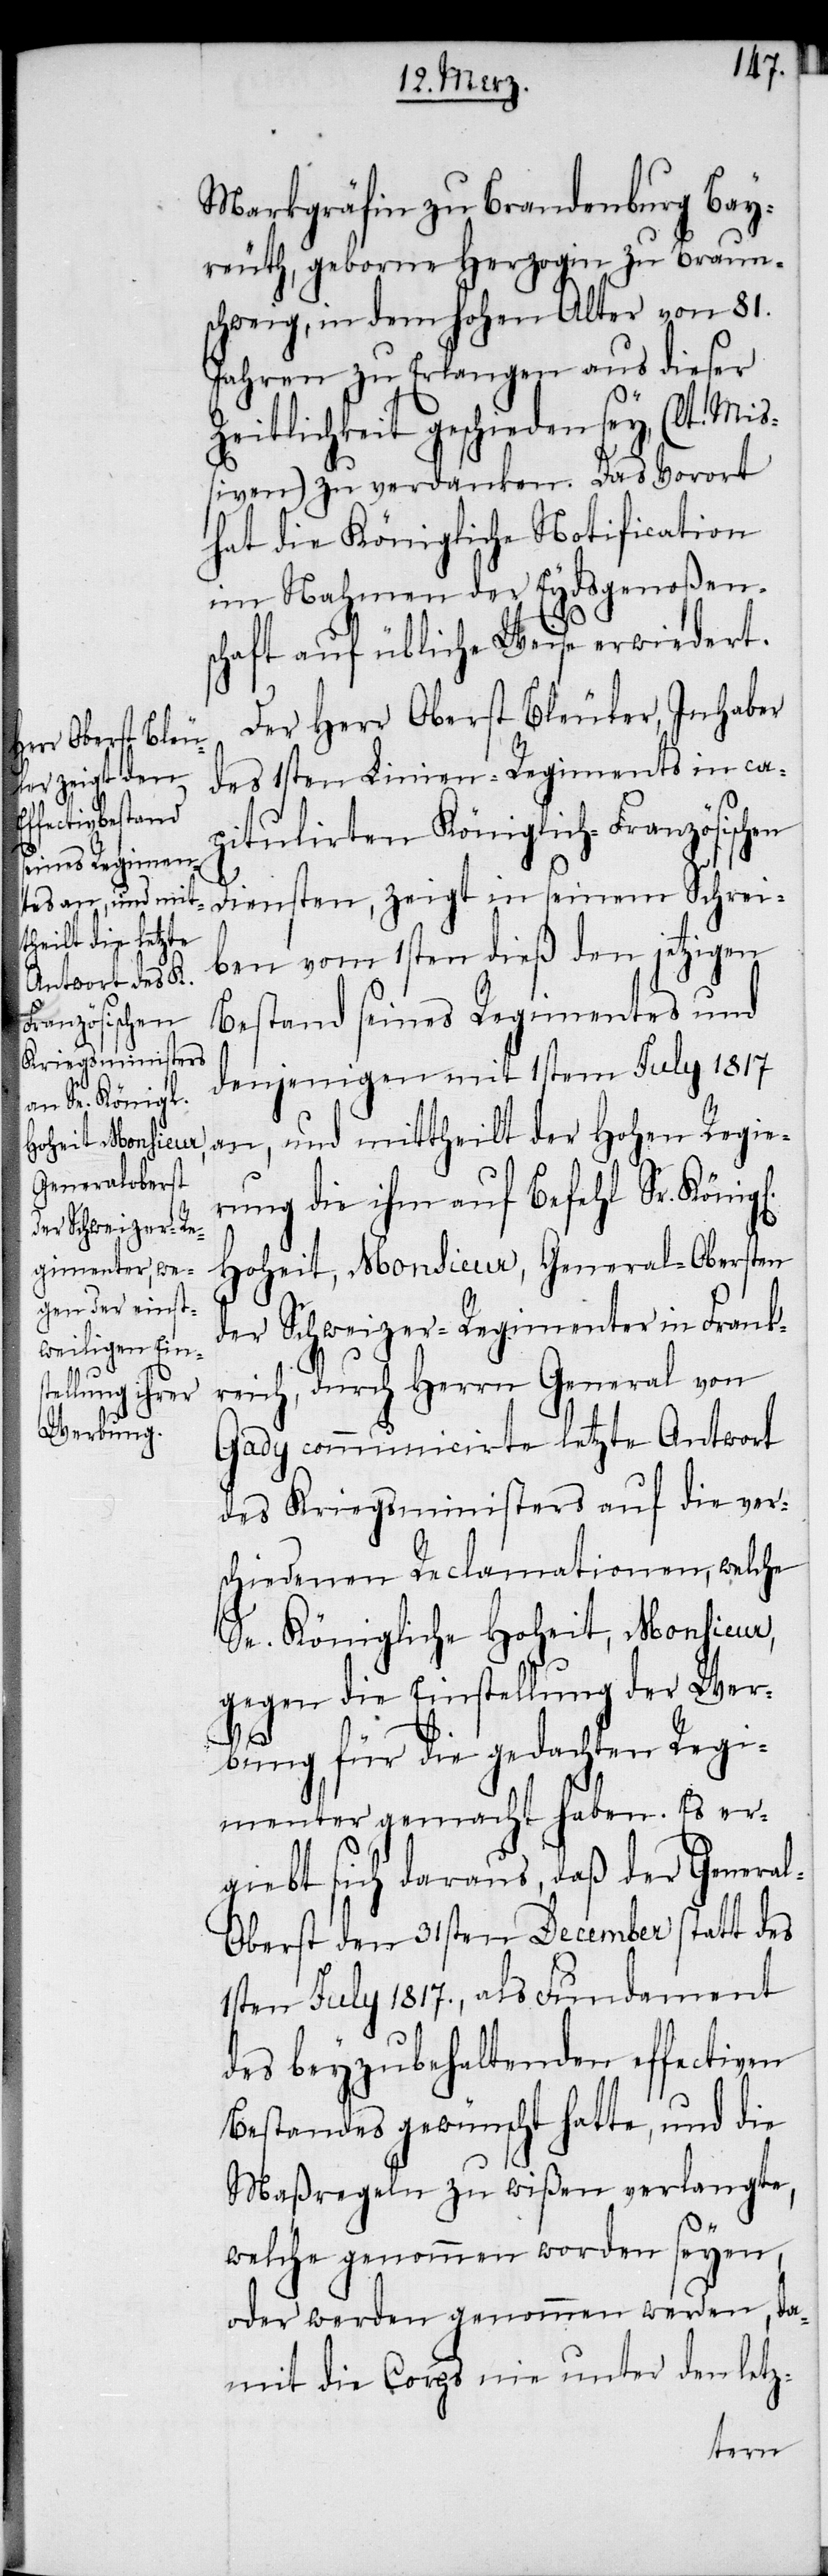
Markgräfin zu Brandenburg Bay¬
reuth, geborne Herzogin zu Braun¬
schweig, in dem hohen Alter von 81.
Jahren zu Erlangen aus dieser
Zeitlichkeit geschieden sey, (lt. Miß¬
iven) zu verdanken. Das Vorort
hat die Königliche Notification
im Nahmen der Eydsgenoßens¬
chaft auf übliche Weise erwiedert.
Der Herr Oberst Bleuler, Inhaber
des 1sten Linien-Regiments in cap¬
itulirten Königlich-Französischen
Diensten, zeigt in seinem Schrei¬
ben vom 1sten dieß den jetzigen
Bestand seines Regimentes und
denjenigen mit 1stem July 1817
an, und mittheilt der Hohen Regie¬
rung die ihm auf Befehl Sr.
Hoheit, Monsieur, General-Obersten
der Schweizer-Regimenter in Frank¬
reich, durch Herrn General von
Gady communicirte letzte Antwort
des Kriegsministers auf die vers¬
chiedenen Reclamationen, welche
Se. Königliche Hoheit, Monsieur,
gegen die Einstellung der Wer¬
bung für die gedachten Regi¬
menter gemacht haben. Es er¬
giebt sich daraus, daß der Genera¬
l-Oberst den 31sten December statt des
1sten July 1817., als Fundament
des beyzubehaltenden effectiven
Bestandes gewünscht hatte, und die
Maßregeln zu wißen verlangte,
welche genommen worden seyen,
oder werden genommen werden, da¬
mit die Corps nie unter den letz-